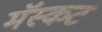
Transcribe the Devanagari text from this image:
मॅस्कट